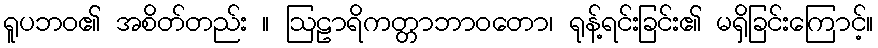
ရူပဘဝ၏ အစိတ်တည်း ။ ဩဠာရိကတ္တာဘာဝတော၊ ရုန့်ရင်းခြင်း၏ မရှိခြင်းကြောင့်။